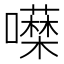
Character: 𭌖